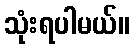
သုံးရပါမယ်။